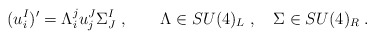
\begin{align*} (u^I_i)'= \Lambda_i^ju_j^J\Sigma_J^I\;, \qquad \Lambda\in{SU}(4)_L\;, \quad\Sigma\in{SU}(4)_R\;.\end{align*}